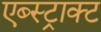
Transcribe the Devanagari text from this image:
एब्स्ट्राक्ट